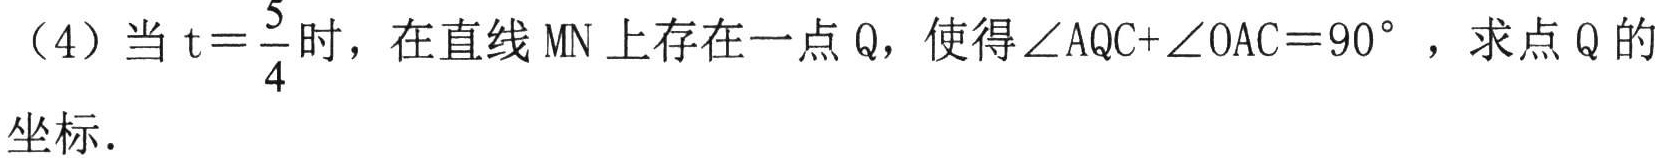
（4）当\(t = \dfrac{5}{4}\)时，在直线\(MN\)上存在一点\(Q\)，使得\(\angle AQC+\angle OAC = 90^{\circ}\)，求点\(Q\)的坐标.